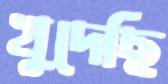
খুদেছি